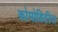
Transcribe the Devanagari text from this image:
कोमोडिटीज